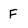
Character: F